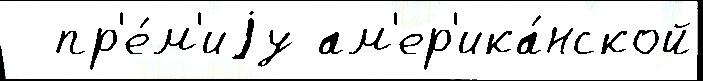
  пр'е́м'иjу ам'ер'ика́нской